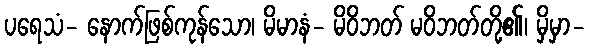
ပရေသံ- နောက်ဖြစ်ကုန်သော၊ မိမာနံ- မိဝိဘတ် မဝိဘတ်တို့၏၊ မှိမှာ-